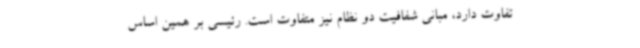
تفاوت دارد، مبانی شفافیت دو نظام نیز متفاوت است. رئیسی بر همین اساس